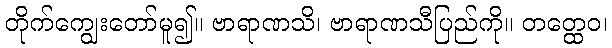
တိုက်ကျွေးတော်မူ၍။ ဗာရာဏသိ၊ ဗာရာဏသီပြည်ကို။ တတ္ထေဝ၊